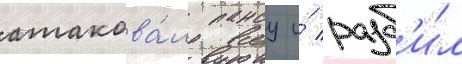
атакова́л пансу и́ разб'и́л